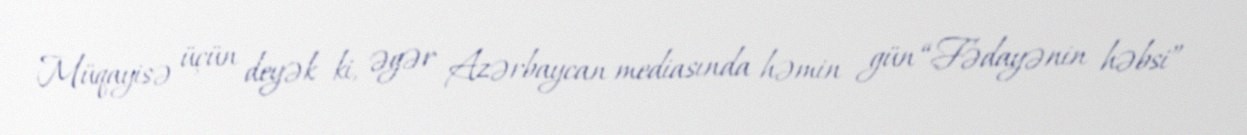
Müqayisə üçün deyək ki, əgər Azərbaycan mediasında həmin gün “Fədayənin həbsi”